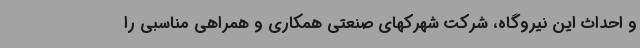
و احداث این نیروگاه، شرکت شهرکهای صنعتی همکاری و همراهی مناسبی را